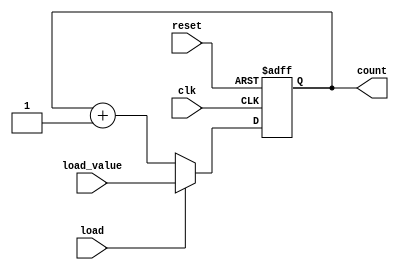
module LoadableCounter #(
    parameter WIDTH = 4 // Parameter to define the width of the counter (4-bit by default)
)(
    input wire clk,               // Clock input
    input wire load,              // Load control signal
    input wire [WIDTH-1:0] load_value, // Value to load into the counter
    input wire reset,             // Asynchronous reset signal
    output reg [WIDTH-1:0] count   // Current counter value
);

    // Asynchronous reset and load behavior
    always @(posedge clk or posedge reset) begin
        if (reset) begin
            count <= 0; // Reset the counter to zero
        end else if (load) begin
            count <= load_value; // Load the new value into the counter
        end else begin
            count <= count + 1; // Increment the counter
        end
    end

endmodule